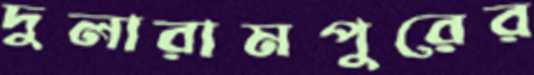
দুলারামপুরের